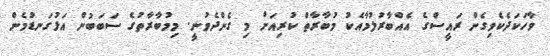
ވާހަކަދެކެވިގެން ރައީސްގެ އެއްބާރުލުމާއެކު މުބާރާތް ކުރިއަށް މި ގެންދެވުނީ. މިމުބާރާތުގެ ސަބަބުން އަޅުގަނޑުމެން